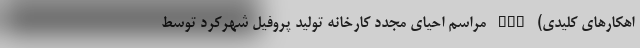
اهکارهای کلیدی) nan مراسم احیای مجدد کارخانه تولید پروفیل شهرکرد توسط